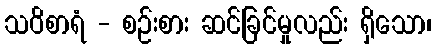
သဝိစာရံ - စဉ်းစား ဆင်ခြင်မှုလည်း ရှိသော၊